Vaccination in Bombay 1869-1873 - 1869-1873
Year: 1869
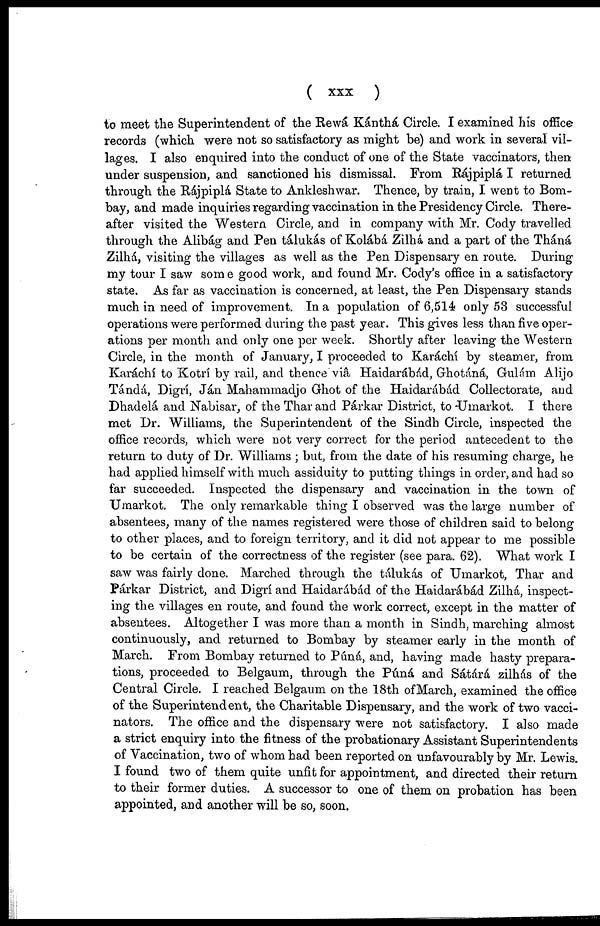
( xxx
)
to meet the Superintendent of the Rewá Kánthá Circle. I examined his office
records (which were not so satisfactory as might be) and work in several vil-
lages. I also enquired into the conduct of one of the State vaccinators, then
under suspension, and sanctioned his dismissal. From Rájpiplá I returned
through the Rájpiplá State to Ankleshwar. Thence, by train, I went to Bom-
bay, and made inquiries regarding vaccination in the Presidency Circle. There-
after visited the Western Circle, and in company with Mr. Cody travelled
through the Alibág and Pen tálukás of Kolábá Zilhá and a part of the Tháná
Zilhá, visiting the villages as well as the Pen Dispensary en route. During
my tour I saw some good work, and found Mr. Cody's office in a satisfactory
state. As far as vaccination is concerned, at least, the Pen Dispensary stands
much in need of improvement. In a population of 6,514 only 53 successful
operations were performed during the past year. This gives less than five oper-
ations per month and only one per week. Shortly after leaving the Western
Circle, in the month of January, I proceeded to Karáchí by steamer, from
Karáchí to Kotrí by rail, and thence viâ Haidarábád, Ghotáná, Gulám Alijo
Tándá, Digrí, Ján Mahammadjo Ghot of the Haidarábád Collectorate, and
Dhadelá and Nabisar, of the Thar and Párkar District, to Umarkot. I there
met Dr. Williams, the Superintendent of the Sindh Circle, inspected the
office records, which were not very correct for the period antecedent to the
return to duty of Dr. Williams ; but, from the date of his resuming charge, he
had applied himself with much assiduity to putting things in order, and had so
far succeeded. Inspected the dispensary and vaccination in the town of
Umarkot. The only remarkable thing I observed was the large number of
absentees, many of the names registered were those of children said to belong
to other places, and to foreign territory, and it did not appear to me possible
to be certain of the correctness of the register (see para. 62). What work I
saw was fairly done. Marched through the tálukás of Umarkot, Thar and
Párkar District, and Digrí and Haidarábád of the Haidarábád Zilhá, inspect-
ing the villages en route, and found the work correct, except in the matter of
absentees. Altogether I was more than a month in Sindh, marching almost
continuously, and returned to Bombay by steamer early in the month of
March. From Bombay returned to Púná, and, having made hasty prepara-
tions, proceeded to Belgaum, through the Púná and Sátárd zilhás of the
Central Circle. I reached Belgaum on the 18th of March, examined the office
of the Superintendent, the Charitable Dispensary, and the work of two vacci-
nators. The office and the dispensary were not satisfactory. I also made
a strict enquiry into the fitness of the probationary Assistant Superintendents
of Vaccination, two of whom had been reported on unfavourably by Mr. Lewis.
I found two of them quite unfit for appointment, and directed their return
to their former duties. A successor to one of them on probation has been
appointed, and another will be so, soon.